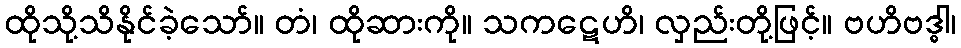
ထိုသို့သိနိုင်ခဲ့သော်။ တံ၊ ထိုဆားကို။ သကဋေဟိ၊ လှည်းတို့ဖြင့်။ ဗဟိဗဒ္ဓါ၊